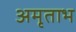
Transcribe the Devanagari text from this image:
अमृताभ